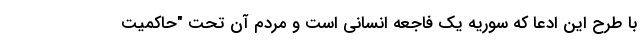
با طرح این ادعا که سوریه یک فاجعه انسانی است و مردم آن تحت "حاکمیت